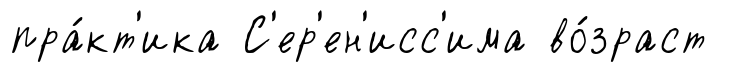
пра́кт'ика С'ер'ен'исс'има во́зраст